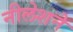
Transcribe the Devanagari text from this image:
नीलेशने